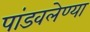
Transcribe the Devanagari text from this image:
पांडवलेण्या